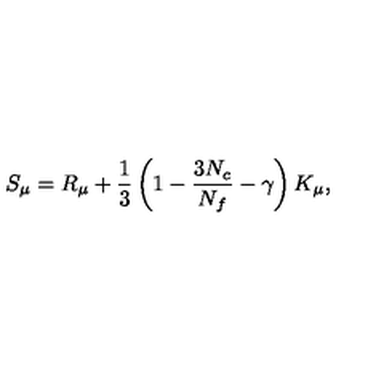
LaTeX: S _ { \mu } = R _ { \mu } + \frac { 1 } { 3 } \left( 1 - \frac { 3 N _ { c } } { N _ { f } } - \gamma \right) K _ { \mu } ,